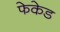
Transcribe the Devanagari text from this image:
फेकेड